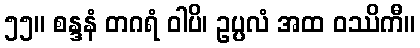
၅၅။ စန္ဒနံ တဂရံ ဝါပိ၊ ဥပ္ပလံ အထ ဝဿိကီ။